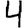
Digit: 4